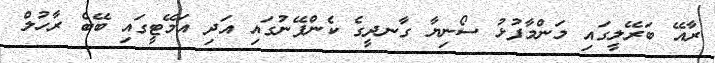
ރާއޭ ބަރޭލީގައި މަންމާފުޅު ސޯނިޔާ ގާނދީގެ ކެންޕޭނުގައި އަދި އަމޭޓީގައި ބޭބެ ރާހުލް